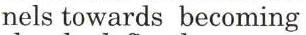
nels towards becoming